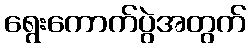
ရွေးကောက်ပွဲအတွက်